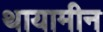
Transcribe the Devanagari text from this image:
थायामीन